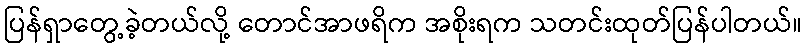
ပြန်ရှာတွေ့ခဲ့တယ်လို့ တောင်အာဖရိက အစိုးရက သတင်းထုတ်ပြန်ပါတယ်။